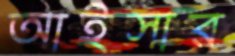
আইসার